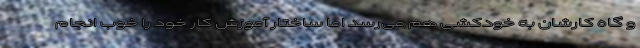
و گاه کارشان به خودکشی هم می‌رسد اما ساختار آموزش کار خود را خوب انجام